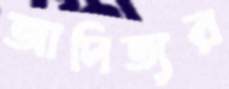
আদিত্যর